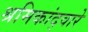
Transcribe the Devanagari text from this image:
श्रमिकांद्वारे